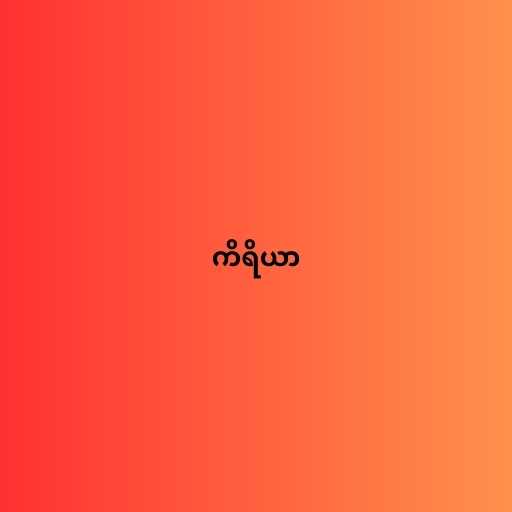
ကိရိယာ